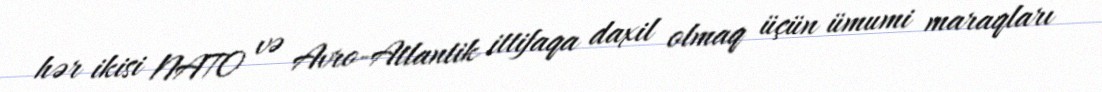
hər ikisi NATO və Avro-Atlantik ittifaqa daxil olmaq üçün ümumi maraqları